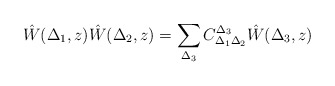
\begin{align*} {\hat{W}(\Delta_1,z) \hat{W}(\Delta_2,z) = \sum_{\Delta_3}C_{\Delta_1\Delta_2}^{\Delta_3} \hat{W}(\Delta_3,z) }\end{align*}